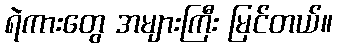
ရဲကားတွေ အများကြီး မြင်တယ်။